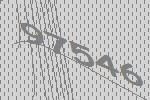
97546